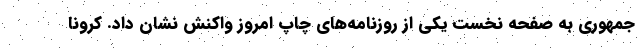
جمهوری به صفحه نخست یکی از روزنامه‌های چاپ امروز واکنش نشان داد. کرونا